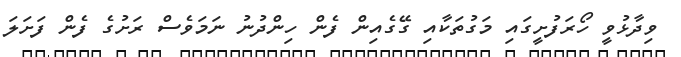
ވިދާޅުވީ ހޯރަފުށީގައި މަގުތަކާއި ގޭގެއިން ފެން ހިންދުނު ނަމަވެސް ރަށުގެ ފެން ފަށަލަ